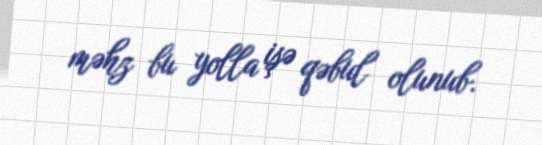
məhz bu yolla işə qəbul olunub.